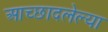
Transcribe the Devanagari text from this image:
आच्छादलेल्या